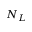
N _ { L }